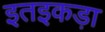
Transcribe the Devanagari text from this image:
इतइकड़ा